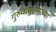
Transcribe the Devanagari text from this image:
गुरुवायुरप्पाच्या